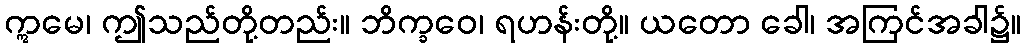
ဣမေ၊ ဤသည်တို့တည်း။ ဘိက္ခဝေ၊ ရဟန်းတို့။ ယတော ခေါ၊ အကြင်အခါ၌။